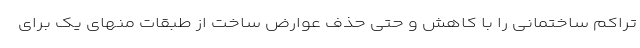
تراکم ساختمانی را با کاهش و حتی حذف عوارض ساخت از طبقات منهای یک برای